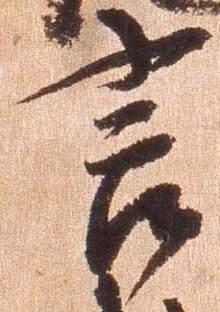
言